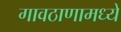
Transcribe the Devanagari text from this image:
गावठाणामध्ये